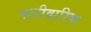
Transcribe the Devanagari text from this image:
पारीवारिक